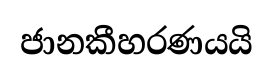
ජානකීහරණයයි